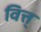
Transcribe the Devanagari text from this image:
वित्त्